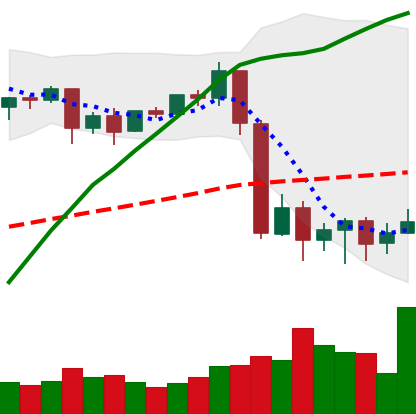
Ticker: BTC-USD
Chart end date: 2020-09-10
Forward return: 4.186%
Label: up_3_5